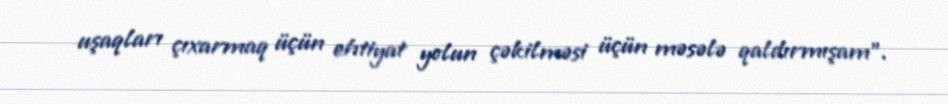
uşaqları çıxarmaq üçün ehtiyat yolun çəkilməsi üçün məsələ qaldırmışam”.